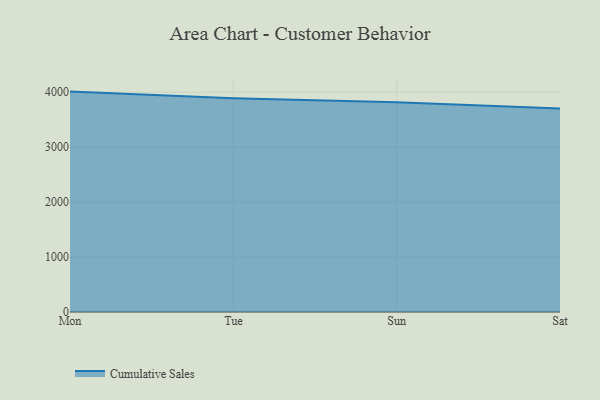
{"axis": {"x": "Day", "y": "Inventory Turnover"}, "legend": ["Cumulative Sales"], "data": [{"x": "Mon", "y": 4011.2, "type": "Cumulative Sales"}, {"x": "Tue", "y": 3892.2, "type": "Cumulative Sales"}, {"x": "Sun", "y": 3817.8, "type": "Cumulative Sales"}, {"x": "Sat", "y": 3702.8, "type": "Cumulative Sales"}]}